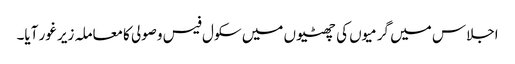
اجلاس میں گرمیوں کی چھٹیوں میں سکول فیس وصولی کامعاملہ زیر غور آیا۔